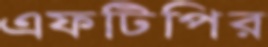
এফটিপির